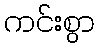
ကင်းစွာ